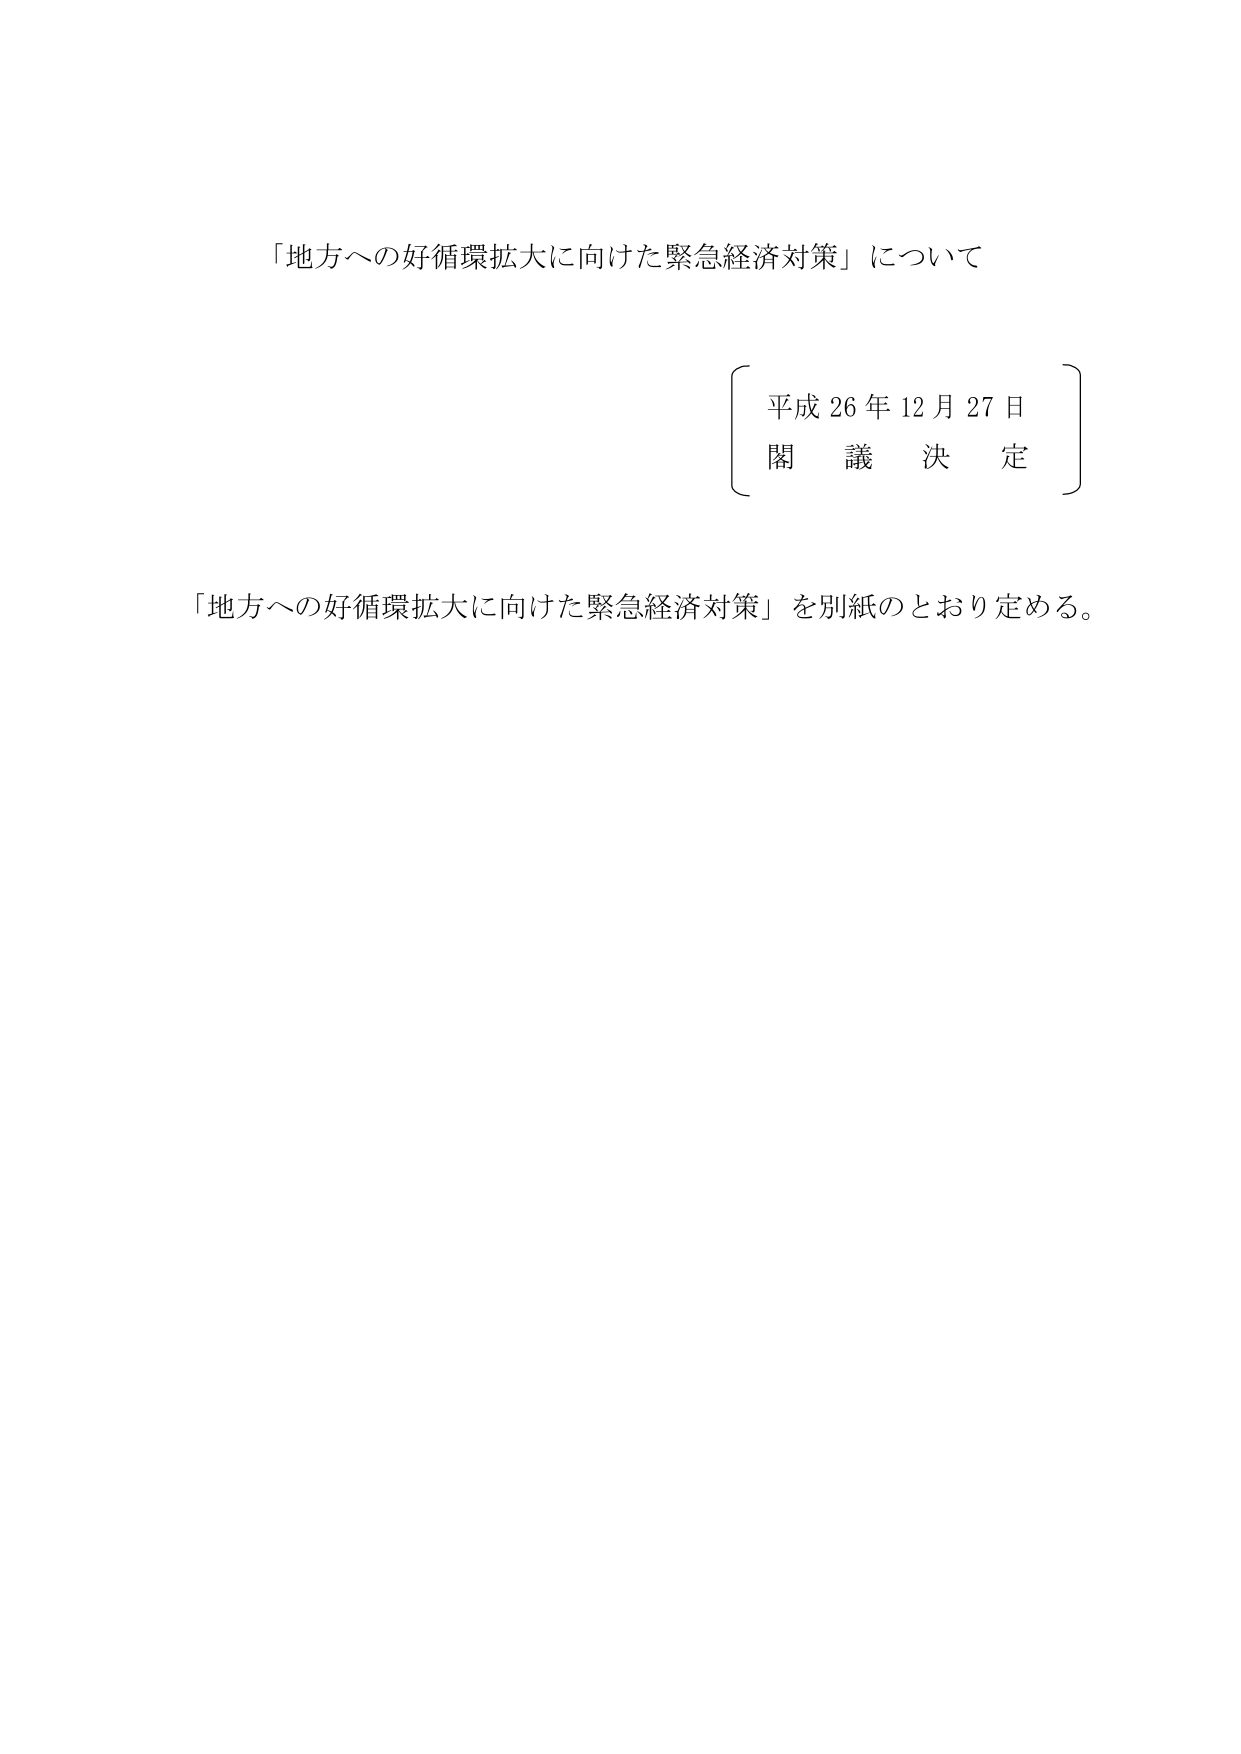
「地方への好循環拡大に向けた緊急経済対策」について

平成26年12月27日
閣議決定

「地方への好循環拡大に向けた緊急経済対策」を別紙のとおり定める。